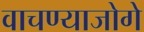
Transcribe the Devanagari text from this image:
वाचण्याजोगे